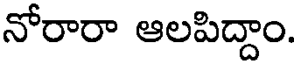
నోరారా ఆలపిద్దాం.